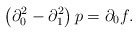
\begin{align*}\left(\partial_{0}^{2}-\partial_{1}^{2}\right)p=\partial_{0}f.\end{align*}